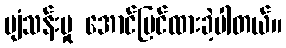
ပျံသန်းမှု အောင်မြင်ထားခဲ့ပါတယ်။